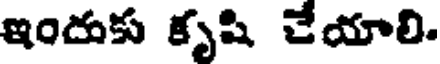
ఇందుకు కృషి చేయాలి.